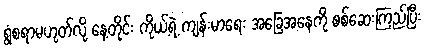
ရွံစရာမဟုတ်လို့ နေ့တိုင်း ကိုယ့်ရဲ့ ကျန်းမာရေး အခြေအနေကို စစ်ဆေးကြည့်ပြီး